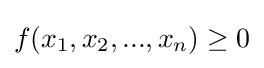
f(x_{1},x_{2},...,x_{n})\geq 0